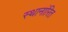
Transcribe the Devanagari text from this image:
स्थानांरित